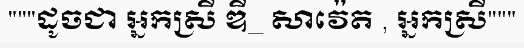
"""ដូចជា អ្នកស្រី ឌី_ សាវ៉េត , អ្នកស្រី"""